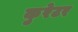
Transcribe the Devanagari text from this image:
कुरेटर